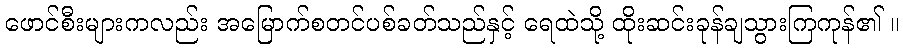
ဖောင်စီးများကလည်း အမြောက်စတင်ပစ်ခတ်သည်နှင့် ရေထဲသို့ ထိုးဆင်းခုန်ချသွားကြကုန်၏ ။